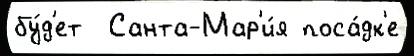
бу́д'ет  Санта-Мар'и́я поса́дк'е